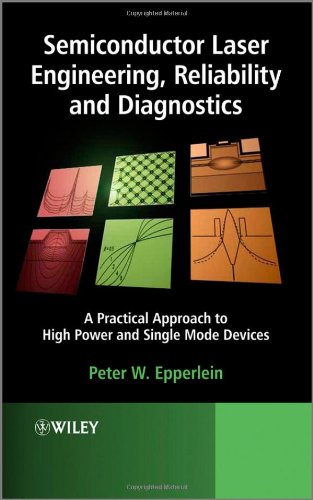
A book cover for Semiconductor Laser Engineering, Reliability and Diagnostics: A Practical Approach to High Power and Single Mode Devices; Peter W. Epperlein; Science & Math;